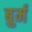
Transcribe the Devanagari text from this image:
बुर्म